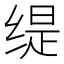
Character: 缇